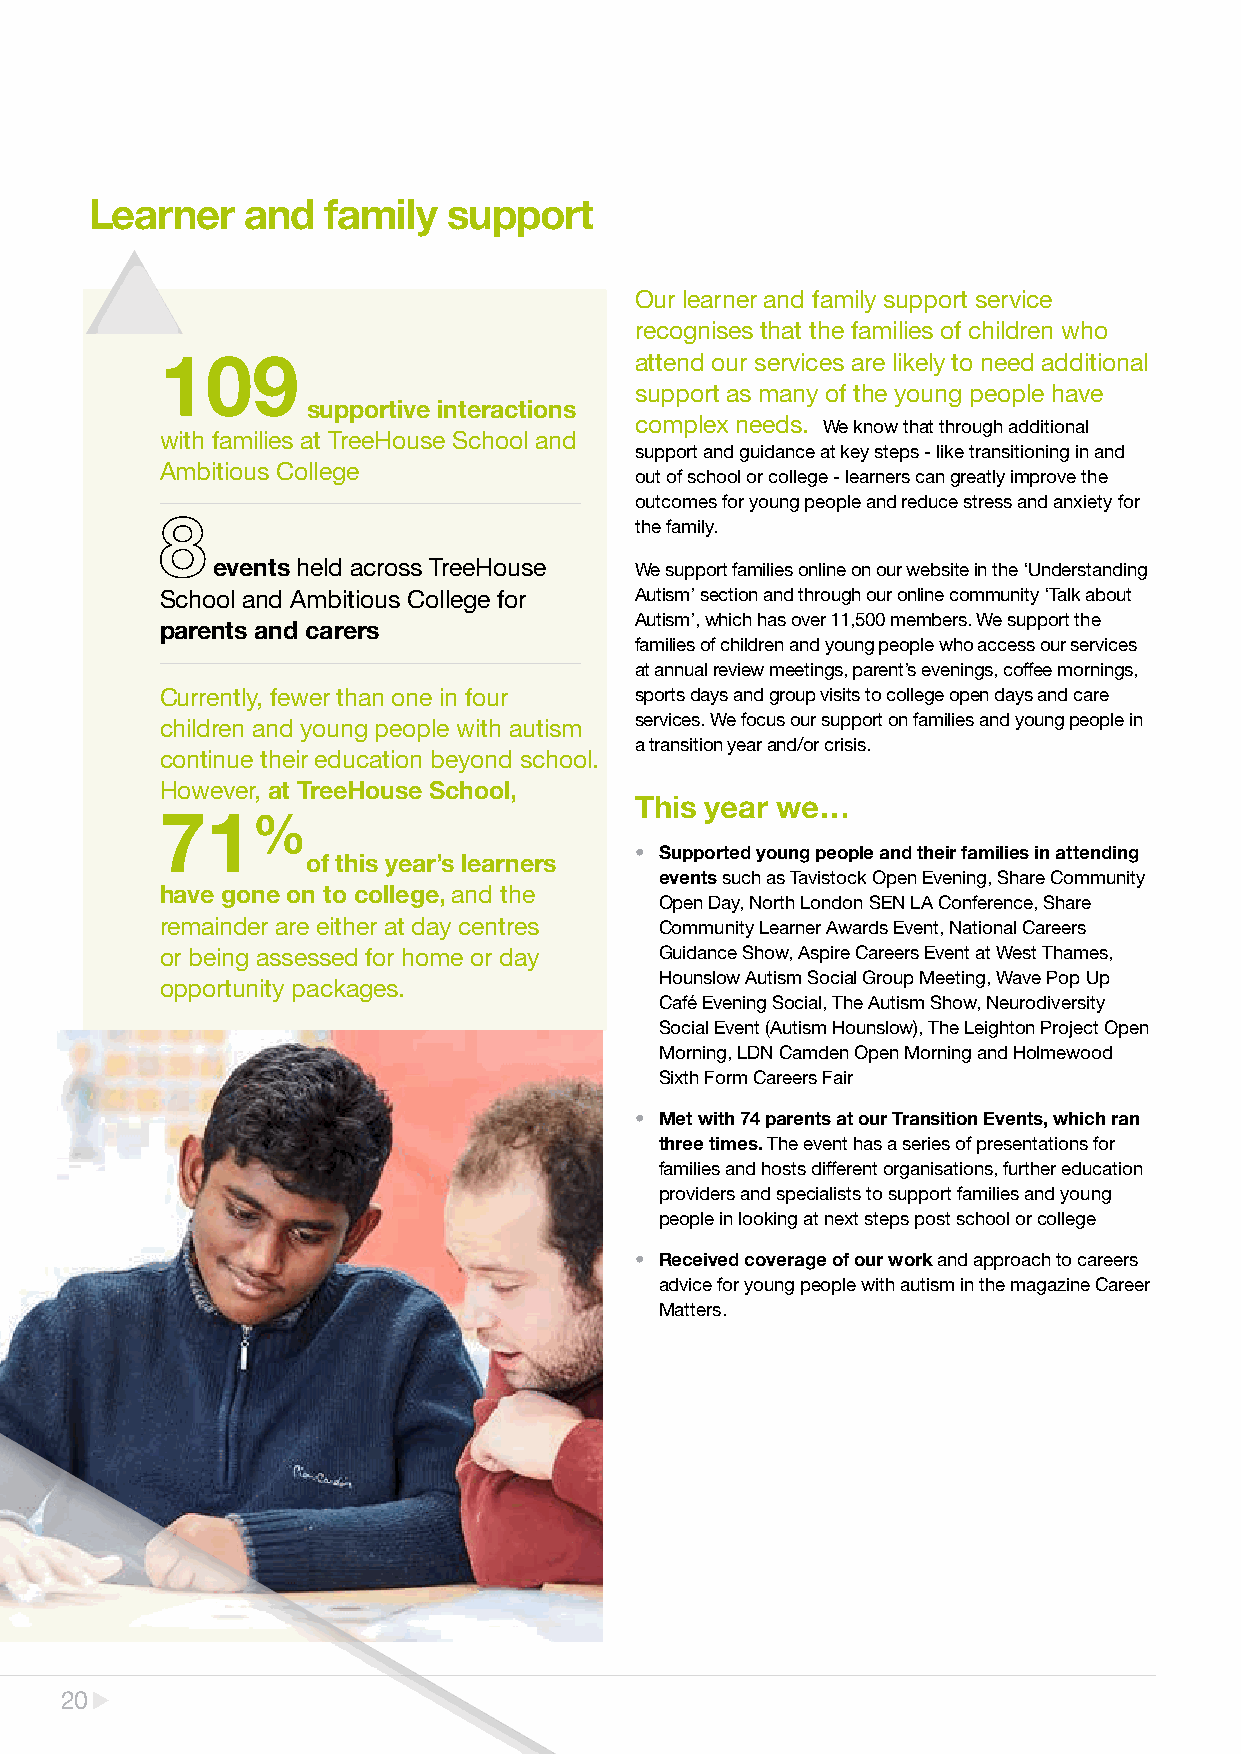
Learner   and   family  support
 Our learner and family support service
 recognises that the families of children who
 109                            attend our services are likely to need additional
 support as many of the young people have
 supportive interactions
 complex needs. We know that through additional
 with families at TreeHouse School and
 support and guidance at key steps - like transitioning in and
 Ambitious College
 out of school or college - learners can greatly improve the
 outcomes for young people and reduce stress and anxiety for
 the family.
 events held across TreeHouse We support families online on our website in the ‘Understanding
 School and Ambitious College for Autism’ section and through our online community ‘Talk about
 Autism’, which has over 11,500 members. We support the
 parents and carers
 families of children and young people who access our services
 at annual review meetings, parent’s evenings, coffee mornings,
 Currently, fewer than one in four sports days and group visits to college open days and care
 children and young people with autism services. We focus our support on families and young people in
 a transition year and/or crisis.
 continue their education beyond school.
 However, at TreeHouse School,
 This year we…
 71%
 • Supported young people and their families in attending
 of this year’s learners
 events such as Tavistock Open Evening, Share Community
 have gone on to college, and the
 Open Day, North London SEN LA Conference, Share
 remainder are either at day centres Community Learner Awards Event, National Careers
 or being assessed for home or day Guidance Show, Aspire Careers Event at West Thames,
 Hounslow Autism Social Group Meeting, Wave Pop Up
 opportunity packages.
 Café Evening Social, The Autism Show, Neurodiversity
 Social Event (Autism Hounslow), The Leighton Project Open
 Morning, LDN Camden Open Morning and Holmewood
 Sixth Form Careers Fair
 • Met with 74 parents at our Transition Events, which ran
 three times. The event has a series of presentations for
 families and hosts different organisations, further education
 providers and specialists to support families and young
 people in looking at next steps post school or college
 • Received coverage of our work and approach to careers
 advice for young people with autism in the magazine Career
 Matters.
 2200